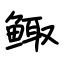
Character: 鲰